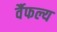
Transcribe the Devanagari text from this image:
र्वैफल्य